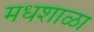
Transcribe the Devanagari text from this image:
मधशाळा